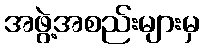
အဖွဲ့အစည်းများမှ